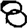
Digit: 8